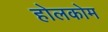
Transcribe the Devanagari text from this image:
होलकोम